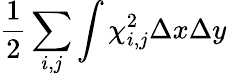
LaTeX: \frac{1}{2}\sum_{i,j}\int\chi_{i,j}^{2}\Delta x\Delta y